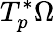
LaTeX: T_{p}^{\ast}\Omega